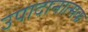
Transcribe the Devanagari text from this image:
उपादानात्मक